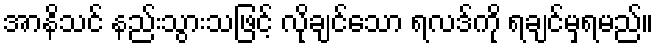
အာနိသင် နည်းသွားသဖြင့် လိုချင်သော ရလဒ်ကို ရချင်မှရမည်။